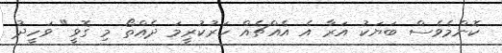
ކޮންމެވެސް ބަޔަކު އަރާ އެ އެއްޗެއް ހަރުކުރީމަ ދެއްތޯ މި ގޮވީ" ވަހީދު